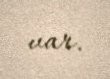
var.